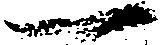
一